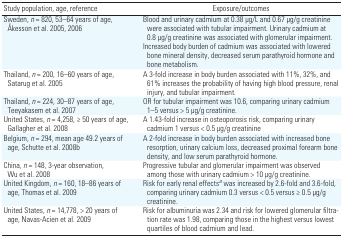
<table><thead><tr><td><b>Study population, age, reference</b></td><td><b>Exposure/outcomes</b></td></tr></thead><tbody><tr><td>Sweden, <i>n</i> = 820, 53–64 years of age, Åkesson et al. 2005, 2006</td><td>Blood and urinary cadmium at 0.38 μg/L and 0.67 μg/g creatinine were associated with tubular impairment. Urinary cadmium at 0.8 μg/g creatinine was associated with glomerular impairment.Increased body burden of cadmium was associated with lowered bone mineral density, decreased serum parathyroid hormone and bone metabolism.</td></tr><tr><td>Thailand, <i>n</i> = 200, 16–60 years of age, Satarug et al. 2005</td><td>A 3-fold increase in body burden associated with 11%, 32%, and 61% increases the probability of having high blood pressure, renal injury, and tubular impairment.</td></tr><tr><td>Thailand, <i>n</i> = 224, 30–87 years of age, Teeyakasem et al. 2007</td><td>OR for tubular impairment was 10.6, comparing urinary cadmium 1–5 versus &gt; 5 μg/g creatinine.</td></tr><tr><td>United States, <i>n</i> = 4,258, ≥ 50 years of age, Gallagher et al. 2008</td><td>A 1.43-fold increase in osteoporosis risk, comparing urinary cadmium 1 versus &lt; 0.5 μg/g creatinine</td></tr><tr><td>Belgium, <i>n</i> = 294, mean age 49.2 years of age, Schutte et al. 2008b</td><td>A 2-fold increase in body burden associated with increased bone resorption, urinary calcium loss, decreased proximal forearm bone density, and low serum parathyroid hormone.</td></tr><tr><td>China, <i>n</i> = 148, 3-year observation, Wu et al. 2008</td><td>Progressive tubular and glomerular impairment was observed among those with urinary cadmium &gt; 10 μg/g creatinine.</td></tr><tr><td>United Kingdom, <i>n</i> = 160, 18–86 years of age, Thomas et al. 2009</td><td>Risk for early renal effectsa was increased by 2.6-fold and 3.6-fold, comparing urinary cadmium 0.3 versus &lt; 0.5 versus ≥ 0.5 μg/g creatinine.</td></tr><tr><td>United States, <i>n</i> = 14,778, &gt; 20 years of age, Navas-Acien et al. 2009</td><td>Risk for albuminuria was 2.34 and risk for lowered glomerular filtration rate was 1.98, comparing those in the highest versus lowest quartiles of blood cadmium and lead.</td></tr></tbody></table>